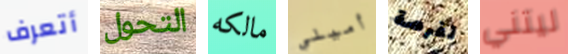
أتعرف التحول مالكه أميلي لفرصة ليتني